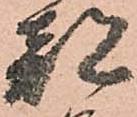
都